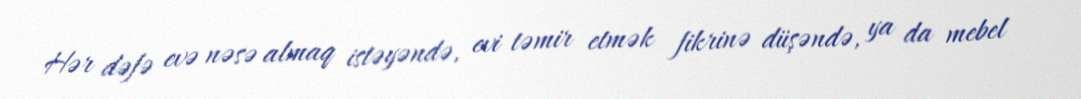
Hər dəfə evə nəsə almaq istəyəndə, evi təmir etmək fikrinə düşəndə, ya da mebel